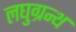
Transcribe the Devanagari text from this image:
लघुग्रन्थ